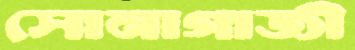
সোনাগাজী